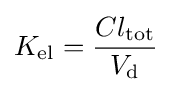
K_{\text{el}}={\dfrac {Cl_{\text{tot}}}{V_{\text{d}}}}